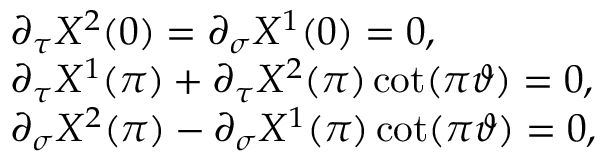
\begin{array} { l } { { \partial _ { \tau } X ^ { 2 } ( 0 ) = \partial _ { \sigma } X ^ { 1 } ( 0 ) = 0 , } } \\ { { \partial _ { \tau } X ^ { 1 } ( \pi ) + \partial _ { \tau } X ^ { 2 } ( \pi ) \cot ( \pi \vartheta ) = 0 , } } \\ { { \partial _ { \sigma } X ^ { 2 } ( \pi ) - \partial _ { \sigma } X ^ { 1 } ( \pi ) \cot ( \pi \vartheta ) = 0 , } } \end{array}